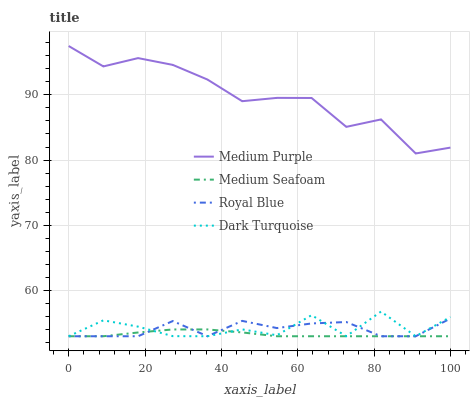
| xaxis_label | Medium Purple | Medium Seafoam | Royal Blue | Dark Turquoise |
 | --- | --- | --- | --- | --- |
 | 0 | 97.5 | 53 | 53 | 53 |
 | 9.09 | 94.4 | 53 | 53 | 55.4 |
 | 18.2 | 95.6 | 53.6 | 53 | 54.5 |
 | 27.3 | 94.6 | 54 | 55.3 | 53 |
 | 36.4 | 92.3 | 54 | 53 | 53 |
 | 45.5 | 89 | 53.6 | 55.4 | 54.1 |
 | 54.5 | 89.5 | 53 | 54.3 | 53.1 |
 | 63.6 | 89.5 | 53 | 55 | 56.2 |
 | 72.7 | 85.1 | 53 | 55.2 | 53 |
 | 81.8 | 86.2 | 53 | 53 | 56.8 |
 | 90.9 | 81 | 53 | 53 | 53 |
 | 100 | 81.9 | 53 | 55.7 | 56 |